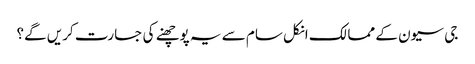
جی سیون کے ممالک انکل سام سے یہ پوچھنے کی جسارت کریں گے؟